Vaccination in the Punjab 1905-1918 - 1905-1918
Year: 1905
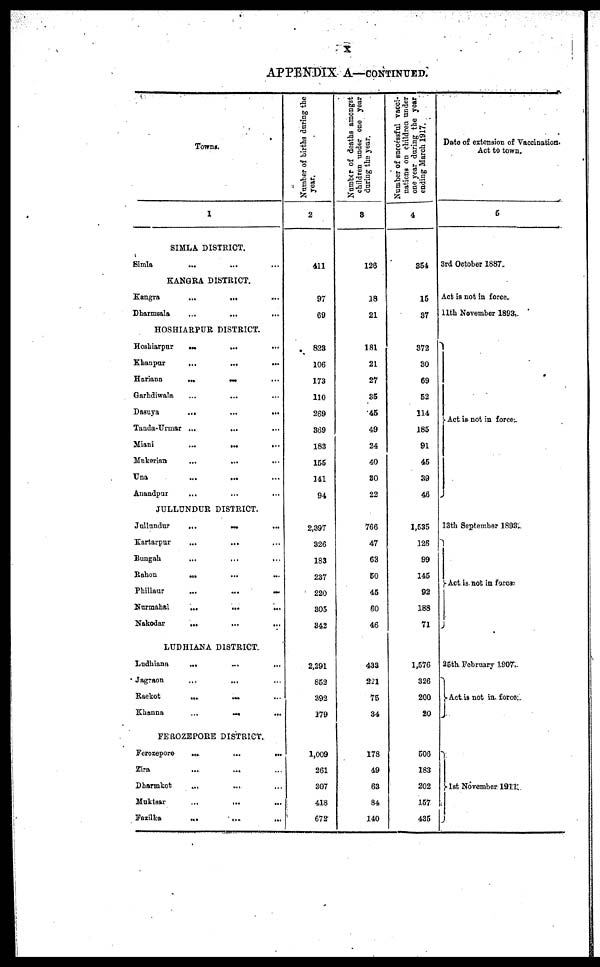
x
APPENDIX A—CONTINUED.
Towns.
1
SIMLA DISTRICT.
Simla
... ... ...
KANGRA DISTRICT.
Kangra
...
... ...
Dharmsala
...
... ...
HOSHIARPUR DISTRICT.
Hoshiarpur
...
... ...
Khanpur
... ... ...
Hariana
...
... ...
Garhdiwala ... ... ...
Dasuya
...
...
...
Tanda-Urmar ... ... ...
Miani
...
...
...
Mukerian
...
...
...
Una
...
... ...
Anandpur ... ... ...
JULLUNDUR DISTRICT.
Jullundur
...
...
...
Kartarpur ... ... ...
Bungah
...
...
...
Rahon
... ... ...
Phillaur
...
...
...
Nurmahal
...
...
...
Nakodar
...
...
...
LUDHIANA DISTRICT.
Ludhiana
... ... ...
Jagraon ... ... ...
Raekot
...
... ...
Khanna
...
... ...
FEROZEPORE DISTRICT.
Ferozepore
...
...
...
Zira
...
... ...
Dharmkot ... ... ...
Muktsar
...
... ...
Fazilka
... ... ...
Number of births during the
year.
2
411
97
69
823
106
173
110
269
369
183
155
141
94
2,397
326
183
237
220
305
342
2,291
853
392
179
1,009
261
307
418
672
Number of deaths amongst
children under one year
during the year.
3
126
18
21
181
21
27
35
45
49
24
40
30
22
766
47
63
60
45
60
46
433
221
75
34
178
49
63
84
140
Number of successful vacci-
nations on children under
one year during the year
ending March 1917.
4
354
15
37
372
30
69
52
114
185
91
45
39
46
1,535
126
99
145
92
188
71
1,576
326
200
20
506
183
202
157
435
Date of extension of Vaccinations
Act to town.
5
3rd October 1887.
Act is not in force.
11th November 1893.
Act is not in force.
13th September 1893
Act is not in force.
26th February 1907
Act is not in force.
1st November 1911